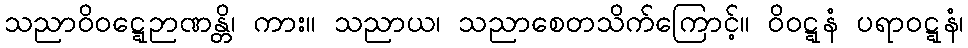
သညာဝိဝဋ္ဋေဉာဏန္တိ၊ ကား။ သညာယ၊ သညာစေတသိက်ကြောင့်။ ဝိဝဋ္ဋနံ ပရာဝဋ္ဋနံ၊